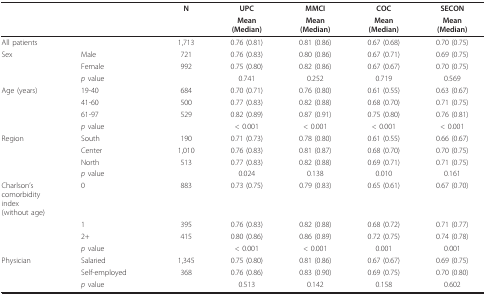
<table><thead><tr><td></td><td></td><td><b>N</b></td><td><b>UPC</b></td><td><b>MMCI</b></td><td><b>COC</b></td><td><b>SECON</b></td></tr><tr><td></td><td></td><td></td><td><b>Mean(Median)</b></td><td><b>Mean(Median)</b></td><td><b>Mean(Median)</b></td><td><b>Mean(Median)</b></td></tr></thead><tbody><tr><td>All patients</td><td></td><td>1,713</td><td>0.76 (0.81)</td><td>0.81 (0.86)</td><td>0.67 (0.68)</td><td>0.70 (0.75)</td></tr><tr><td>Sex</td><td>Male</td><td>721</td><td>0.76 (0.83)</td><td>0.80 (0.86)</td><td>0.67 (0.71)</td><td>0.69 (0.75)</td></tr><tr><td></td><td>Female</td><td>992</td><td>0.75 (0.80)</td><td>0.82 (0.86)</td><td>0.67 (0.67)</td><td>0.70 (0.75)</td></tr><tr><td></td><td><i>p </i>value</td><td></td><td>0.741</td><td>0.252</td><td>0.719</td><td>0.569</td></tr><tr><td>Age (years)</td><td>19-40</td><td>684</td><td>0.70 (0.71)</td><td>0.76 (0.80)</td><td>0.61 (0.55)</td><td>0.63 (0.67)</td></tr><tr><td></td><td>41-60</td><td>500</td><td>0.77 (0.83)</td><td>0.82 (0.88)</td><td>0.68 (0.70)</td><td>0.71 (0.75)</td></tr><tr><td></td><td>61-97</td><td>529</td><td>0.82 (0.89)</td><td>0.87 (0.91)</td><td>0.75 (0.80)</td><td>0.76 (0.81)</td></tr><tr><td></td><td><i>p </i>value</td><td></td><td>&lt; 0.001</td><td>&lt; 0.001</td><td>&lt; 0.001</td><td>&lt; 0.001</td></tr><tr><td>Region</td><td>South</td><td>190</td><td>0.71 (0.73)</td><td>0.78 (0.80)</td><td>0.61 (0.55)</td><td>0.66 (0.67)</td></tr><tr><td></td><td>Center</td><td>1,010</td><td>0.76 (0.83)</td><td>0.81 (0.87)</td><td>0.68 (0.70)</td><td>0.70 (0.75)</td></tr><tr><td></td><td>North</td><td>513</td><td>0.77 (0.83)</td><td>0.82 (0.88)</td><td>0.69 (0.71)</td><td>0.71 (0.75)</td></tr><tr><td></td><td><i>p </i>value</td><td></td><td>0.024</td><td>0.138</td><td>0.010</td><td>0.161</td></tr><tr><td>Charlson&#x27;scomorbidityindex(without age)</td><td>0</td><td>883</td><td>0.73 (0.75)</td><td>0.79 (0.83)</td><td>0.65 (0.61)</td><td>0.67 (0.70)</td></tr><tr><td></td><td>1</td><td>395</td><td>0.76 (0.83)</td><td>0.82 (0.88)</td><td>0.68 (0.72)</td><td>0.71 (0.77)</td></tr><tr><td></td><td>2+</td><td>415</td><td>0.80 (0.86)</td><td>0.86 (0.89)</td><td>0.72 (0.75)</td><td>0.74 (0.78)</td></tr><tr><td></td><td><i>p </i>value</td><td></td><td>&lt; 0.001</td><td>&lt; 0.001</td><td>0.001</td><td>0.001</td></tr><tr><td>Physician</td><td>Salaried</td><td>1,345</td><td>0.75 (0.80)</td><td>0.81 (0.86)</td><td>0.67 (0.67)</td><td>0.69 (0.75)</td></tr><tr><td></td><td>Self-employed</td><td>368</td><td>0.76 (0.86)</td><td>0.83 (0.90)</td><td>0.69 (0.75)</td><td>0.70 (0.80)</td></tr><tr><td></td><td><i>p </i>value</td><td></td><td>0.513</td><td>0.142</td><td>0.158</td><td>0.602</td></tr></tbody></table>